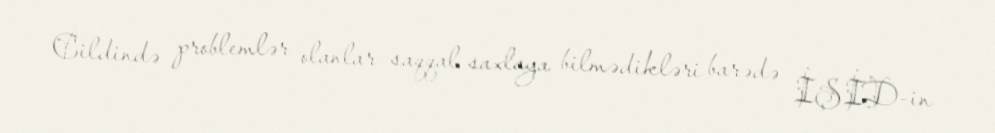
Cildində problemlər olanlar saqqal saxlaya bilmədikləri barədə İŞİD-in